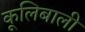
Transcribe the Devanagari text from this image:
कूलिबाली